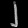
Digit: ၂